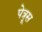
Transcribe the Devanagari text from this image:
पेत्रूस